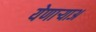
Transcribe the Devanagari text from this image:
येणार्‍याअ